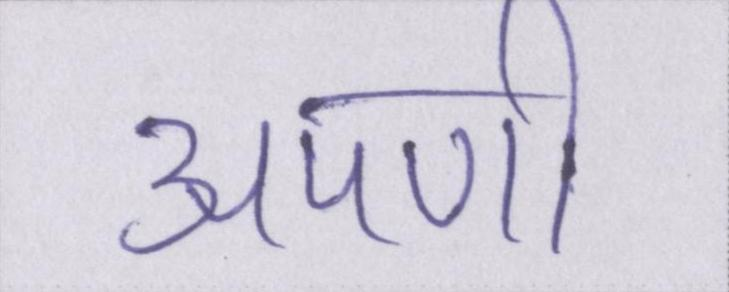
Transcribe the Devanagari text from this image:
अपणी